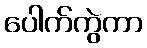
ပေါက်ကွဲကာ